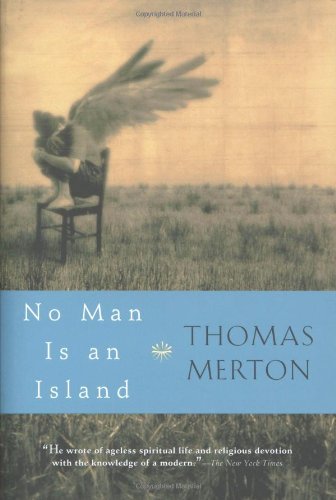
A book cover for No Man Is an Island; Thomas Merton; Politics & Social Sciences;